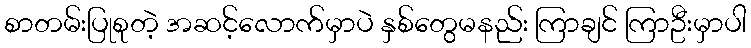
စာတမ်းပြုစုတဲ့ အဆင့်လောက်မှာပဲ နှစ်တွေမနည်း ကြာချင် ကြာဦးမှာပါ